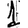
Digit: 1